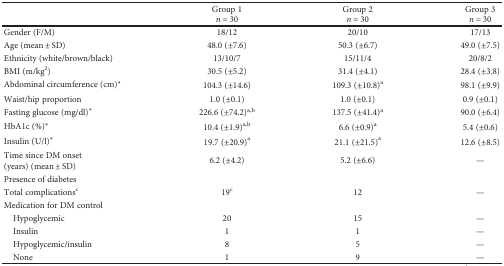
|  | Group 1n = 30 | Group 2n = 30 | Group 3n = 30 |
 | --- | --- | --- | --- |
 | Gender (F/M) | 18/12 | 20/10 | 17/13 |
 | Age (mean ± SD) | 48.0 (±7.6) | 50.3 (±6.7) | 49.0 (±7.5) |
 | Ethnicity (white/brown/black) | 13/10/7 | 15/11/4 | 20/8/2 |
 | BMI (m/kg2) | 30.5 (±5.2) | 31.4 (±4.1) | 28.4 (±3.8) |
 | Abdominal circumference (cm)∗ | 104.3 (±14.6) | 109.3 (±10.8)a | 98.1 (±9.9) |
 | Waist/hip proportion | 1.0 (±0.1) | 1.0 (±0.1) | 0.9 (±0.1) |
 | Fasting glucose (mg/dl)∗ | 226.6 (±74.2)a,b | 137.5 (±41.4)a | 90.0 (±6.4) |
 | HbA1c (%)∗ | 10.4 (±1.9)a,b | 6.6 (±0.9)a | 5.4 (±0.6) |
 | Insulin (U/l)∗ | 19.7 (±20.9)a | 21.1 (±21.5)a | 12.6 (±8.5) |
 | Time since DM onset (years) (mean ± SD) | 6.2 (±4.2) | 5.2 (±6.6) | — |
 | Presence of diabetes |  |  |  |
 | Total complicationsc | 19c | 12 | — |
 | <COLSPAN=4> Medication for DM control |
 | Hypoglycemic | 20 | 15 | — |
 | Insulin | 1 | 1 | — |
 | Hypoglycemic/insulin | 8 | 5 | — |
 | None | 1 | 9 | — |